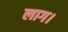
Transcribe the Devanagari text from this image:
लाग।